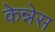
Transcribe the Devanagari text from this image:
केन्नेस